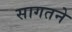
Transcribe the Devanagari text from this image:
सागतने